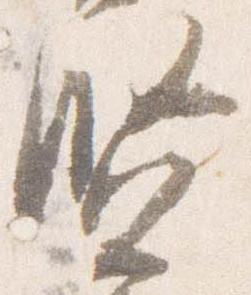
賢